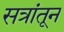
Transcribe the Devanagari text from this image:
सत्रांतून